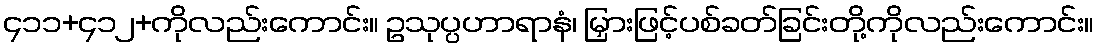
၄၁၁+၄၁၂+ကိုလည်းကောင်း။ ဥသုပ္ပဟာရာနံ၊ မြှားဖြင့်ပစ်ခတ်ခြင်းတို့ကိုလည်းကောင်း။